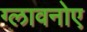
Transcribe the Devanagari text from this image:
ग्लावनोए